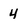
Character: 4